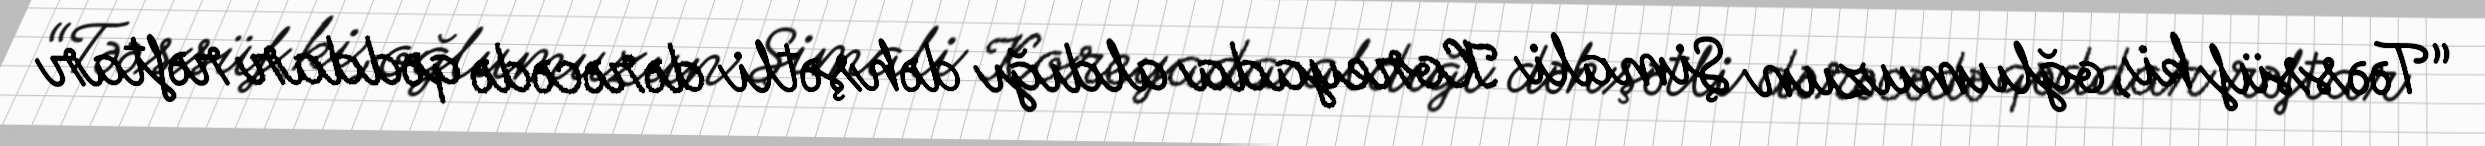
“Təəssüf ki, oğlumuzun Şimali Koreyada aldığı dəhşətli dərəcədə qəddar rəftar